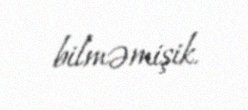
bilməmişik.